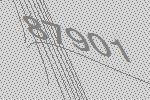
87901